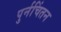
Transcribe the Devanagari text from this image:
पुर्नचिंतन